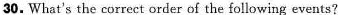
30.What's the correct order of the following events?